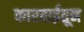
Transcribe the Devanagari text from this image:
कारवाईतून